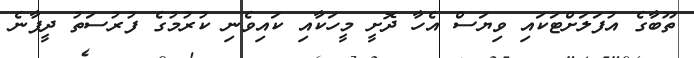
ތޫބާގެ އުފަލަށްޓަކައި ވިޔަސް އެހާ ދޮށީ މީހަކާއި ކައިވެނި ކުރުމުގެ ފުރުސަތު ދީފާނެ